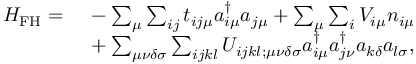
\begin{array} { r l } { H _ { \mathrm { F H } } = \, } & { { } - \sum _ { \mu } \sum _ { i j } t _ { i j \mu } a _ { i \mu } ^ { \dagger } a _ { j \mu } + \sum _ { \mu } \sum _ { i } V _ { i \mu } n _ { i \mu } } \\ { \, } & { { } + \sum _ { \mu \nu \delta \sigma } \sum _ { i j k l } U _ { i j k l ; \mu \nu \delta \sigma } a _ { i \mu } ^ { \dagger } a _ { j \nu } ^ { \dagger } a _ { k \delta } a _ { l \sigma } , } \end{array}